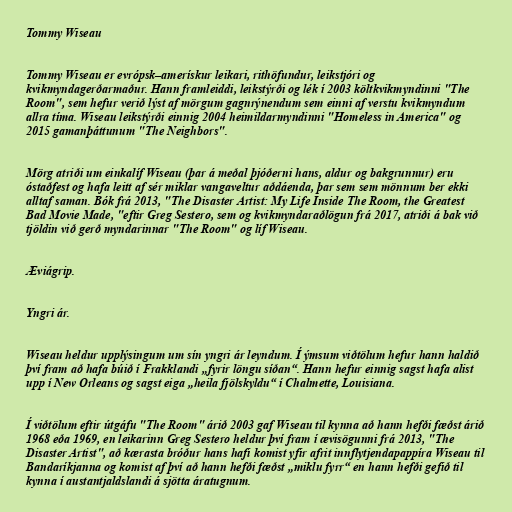
Tommy Wiseau

Tommy Wiseau er evrópsk–amerískur leikari, rithöfundur, leikstjóri og
kvikmyndagerðarmaður. Hann framleiddi, leikstýrði og lék í 2003 költkvikmyndinni "The
Room", sem hefur verið lýst af mörgum gagnrýnendum sem einni af verstu kvikmyndum
allra tíma. Wiseau leikstýrði einnig 2004 heimildarmyndinni "Homeless in America" og
2015 gamanþáttunum "The Neighbors".

Mörg atriði um einkalíf Wiseau (þar á meðal þjóðerni hans, aldur og bakgrunnur) eru
óstaðfest og hafa leitt af sér miklar vangaveltur aðdáenda, þar sem sem mönnum ber ekki
alltaf saman. Bók frá 2013, "The Disaster Artist: My Life Inside The Room, the Greatest
Bad Movie Made, "eftir Greg Sestero, sem og kvikmyndaraðlögun frá 2017, atriði á bak við
tjöldin við gerð myndarinnar "The Room" og líf Wiseau.

Æviágrip.

Yngri ár.

Wiseau heldur upplýsingum um sín yngri ár leyndum. Í ýmsum viðtölum hefur hann haldið
því fram að hafa búið í Frakklandi „fyrir löngu síðan“. Hann hefur einnig sagst hafa alist
upp í New Orleans og sagst eiga „heila fjölskyldu“ í Chalmette, Louisiana.

Í viðtölum eftir útgáfu "The Room" árið 2003 gaf Wiseau til kynna að hann hefði fæðst árið
1968 eða 1969, en leikarinn Greg Sestero heldur því fram í ævisögunni frá 2013, "The
Disaster Artist", að kærasta bróður hans hafi komist yfir afrit innflytjendapappíra Wiseau til
Bandaríkjanna og komist af því að hann hefði fæðst „miklu fyrr“ en hann hefði gefið til
kynna í austantjaldslandi á sjötta áratugnum.